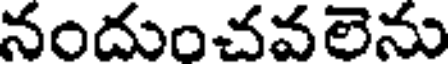
నందుంచవలెను